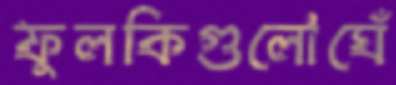
ফুলকিগুলোঘেঁ